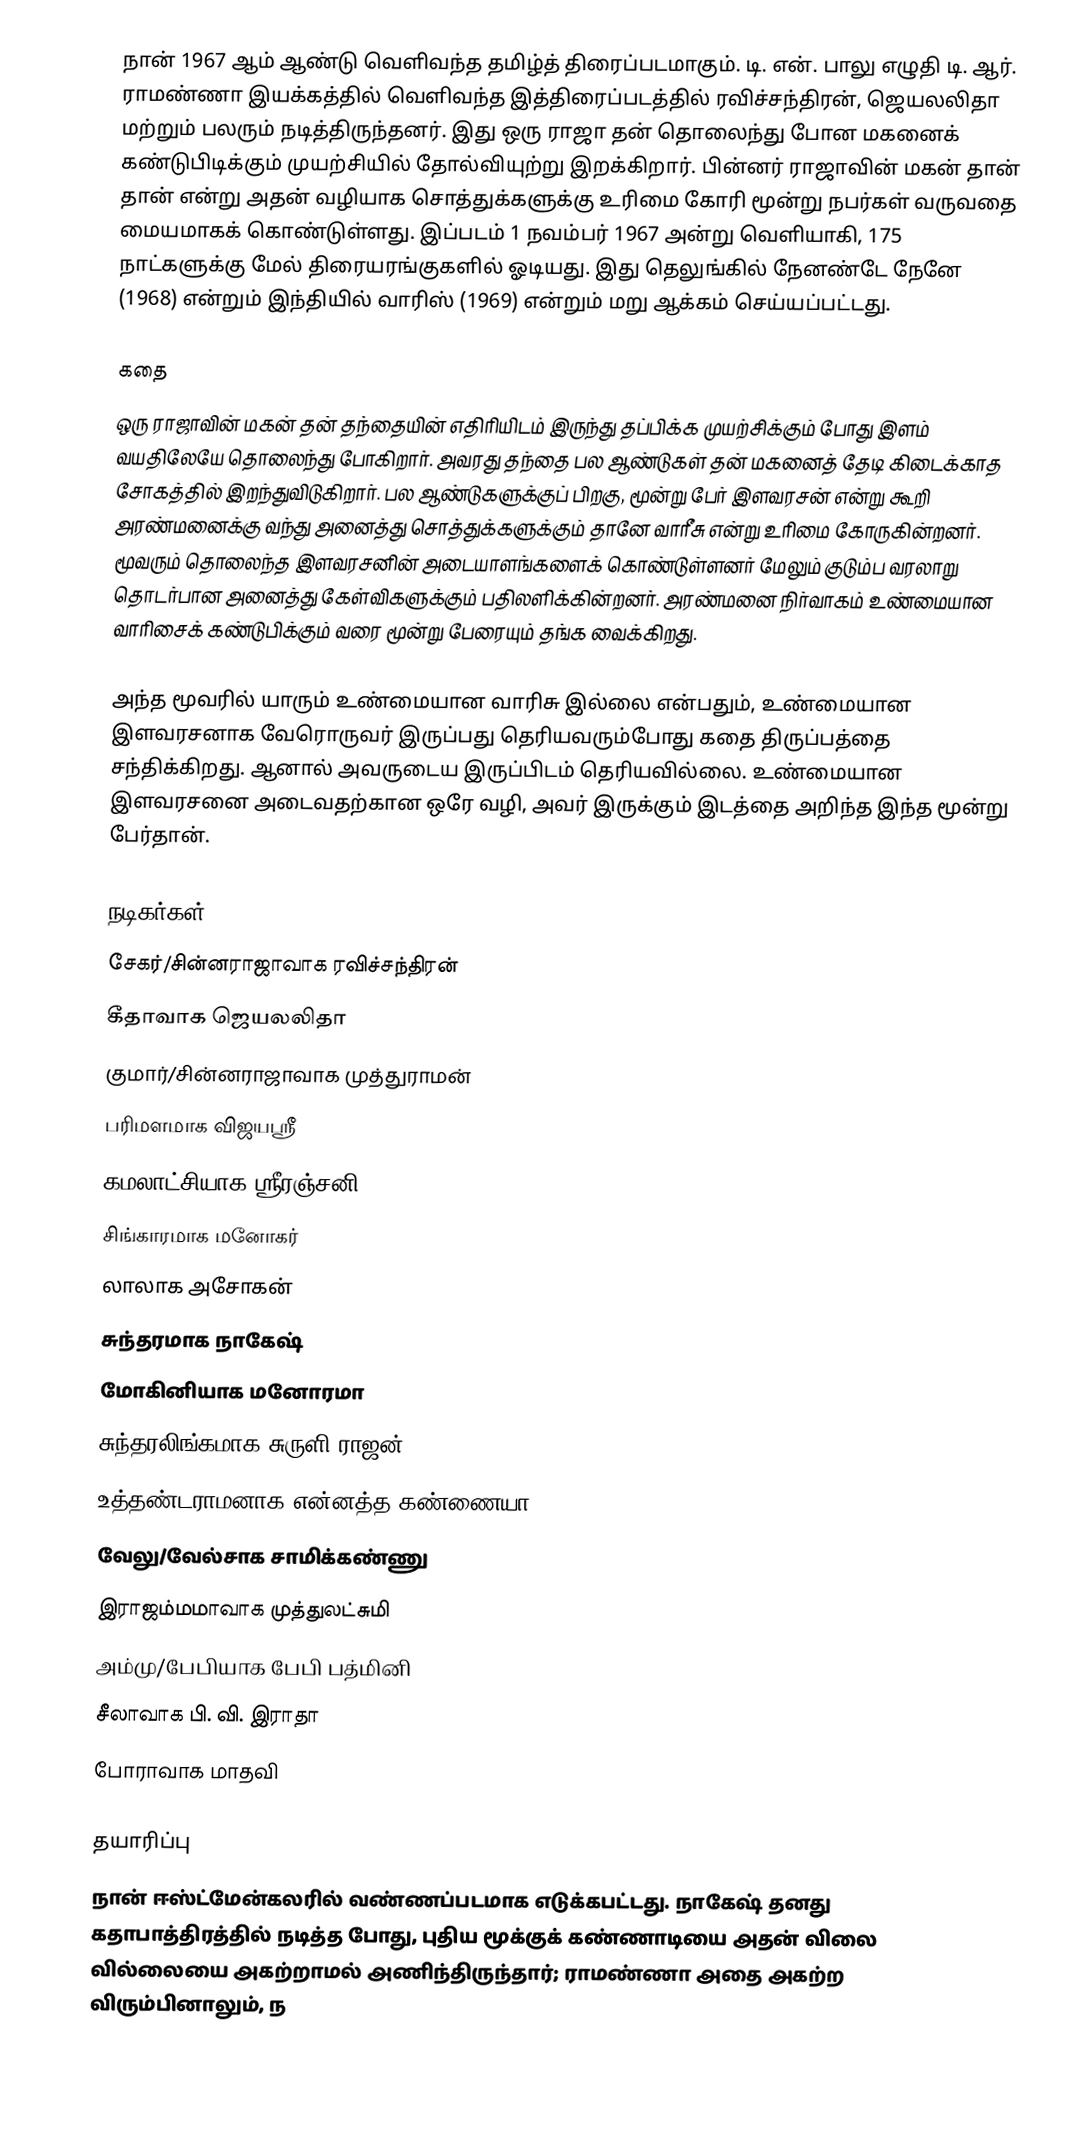
நான் 1967 ஆம் ஆண்டு வெளிவந்த தமிழ்த் திரைப்படமாகும். டி. என். பாலு எழுதி டி. ஆர். ராமண்ணா இயக்கத்தில் வெளிவந்த இத்திரைப்படத்தில் ரவிச்சந்திரன், ஜெயலலிதா மற்றும் பலரும் நடித்திருந்தனர். இது ஒரு ராஜா தன் தொலைந்து போன மகனைக் கண்டுபிடிக்கும் முயற்சியில் தோல்வியுற்று இறக்கிறார். பின்னர் ராஜாவின் மகன் தான் தான் என்று அதன் வழியாக சொத்துக்களுக்கு உரிமை கோரி  மூன்று நபர்கள் வருவதை மையமாகக் கொண்டுள்ளது. இப்படம் 1 நவம்பர் 1967 அன்று வெளியாகி,  175 நாட்களுக்கு மேல் திரையரங்குகளில் ஓடியது. இது தெலுங்கில் நேனண்டே நேனே (1968) என்றும் இந்தியில் வாரிஸ் (1969) என்றும் மறு ஆக்கம் செய்யப்பட்டது.

கதை
ஒரு ராஜாவின் மகன் தன் தந்தையின் எதிரியிடம் இருந்து தப்பிக்க முயற்சிக்கும் போது இளம் வயதிலேயே தொலைந்து போகிறார். அவரது தந்தை பல ஆண்டுகள் தன் மகனைத் தேடி கிடைக்காத சோகத்தில் இறந்துவிடுகிறார். பல ஆண்டுகளுக்குப் பிறகு, மூன்று பேர் இளவரசன் என்று கூறி அரண்மனைக்கு வந்து அனைத்து சொத்துக்களுக்கும் தானே வாரீசு என்று உரிமை கோருகின்றனர். மூவரும் தொலைந்த இளவரசனின் அடையாளங்களைக் கொண்டுள்ளனர் மேலும் குடும்ப வரலாறு தொடர்பான அனைத்து கேள்விகளுக்கும் பதிலளிக்கின்றனர். அரண்மனை நிர்வாகம் உண்மையான வாரிசைக் கண்டுபிக்கும் வரை மூன்று பேரையும் தங்க வைக்கிறது.

அந்த மூவரில் யாரும் உண்மையான வாரிசு இல்லை என்பதும், உண்மையான இளவரசனாக வேரொருவர்  இருப்பது தெரியவரும்போது கதை திருப்பத்தை சந்திக்கிறது. ஆனால் அவருடைய இருப்பிடம் தெரியவில்லை. உண்மையான இளவரசனை அடைவதற்கான ஒரே வழி, அவர் இருக்கும் இடத்தை அறிந்த இந்த மூன்று பேர்தான்.

நடிகர்கள்
 சேகர்/சின்னராஜாவாக ரவிச்சந்திரன்
 கீதாவாக ஜெயலலிதா
 குமார்/சின்னராஜாவாக முத்துராமன்
 பரிமளமாக விஜயஸ்ரீ
 கமலாட்சியாக ஸ்ரீரஞ்சனி
 சிங்காரமாக மனோகர்
 லாலாக அசோகன்
 சுந்தரமாக நாகேஷ்
 மோகினியாக மனோரமா
 சுந்தரலிங்கமாக சுருளி ராஜன்
 உத்தண்டராமனாக என்னத்த கண்ணையா
 வேலு/வேல்சாக சாமிக்கண்ணு
 இராஜம்மமாவாக முத்துலட்சுமி
 அம்மு/பேபியாக பேபி பத்மினி
 சீலாவாக பி. வி. இராதா
 போராவாக மாதவி

தயாரிப்பு
நான் ஈஸ்ட்மேன்கலரில் வண்ணப்படமாக எடுக்கபட்டது. நாகேஷ் தனது கதாபாத்திரத்தில் நடித்த போது, புதிய மூக்குக் கண்ணாடியை அதன் விலை வில்லையை அகற்றாமல் அணிந்திருந்தார்; ராமண்ணா அதை அகற்ற விரும்பினாலும், ந